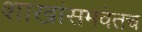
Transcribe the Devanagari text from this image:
शाखांसमवेतच